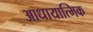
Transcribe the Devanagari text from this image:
आधायात्मिक